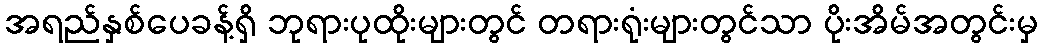
အရည်နှစ်ပေခန့်ရှိ ဘုရားပုထိုးများတွင် တရားရုံးများတွင်သာ ပိုးအိမ်အတွင်းမှ